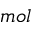
m o l